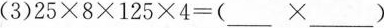
(3)$$25\times 8\times 125\times 4=(___\times___)$$